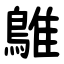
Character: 鵻